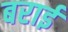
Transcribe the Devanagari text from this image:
बराईं